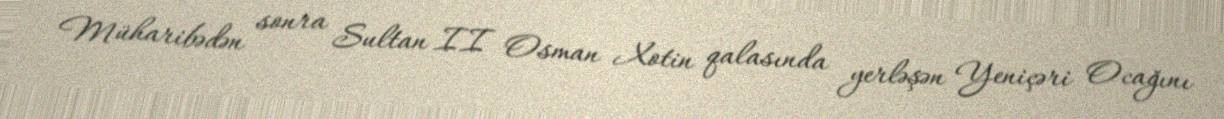
Müharibədən sonra Sultan II Osman Xotin qalasında yerləşən Yeniçəri Ocağını